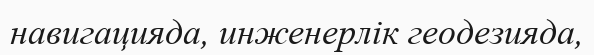
навигацияда, инженерлік геодезияда,